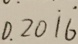
0 . 2 0 \dot { 1 } \dot { 6 }